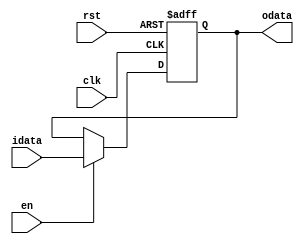
`timescale 10ns/1ns
module register(clk, rst, en, idata, odata);

parameter DATASIZE = 8;

input clk, rst, en;
input [DATASIZE-1:0] idata;
output [DATASIZE-1:0] odata;

reg [DATASIZE-1:0] odata;


always @(posedge clk or posedge rst) begin
	if(rst)
		odata <= {DATASIZE{1'b0}};
	else if(en)
		odata <= idata;
end


endmodule